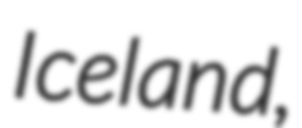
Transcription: Iceland,